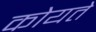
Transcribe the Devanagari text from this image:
कोयते